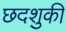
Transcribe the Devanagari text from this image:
छदशुकी